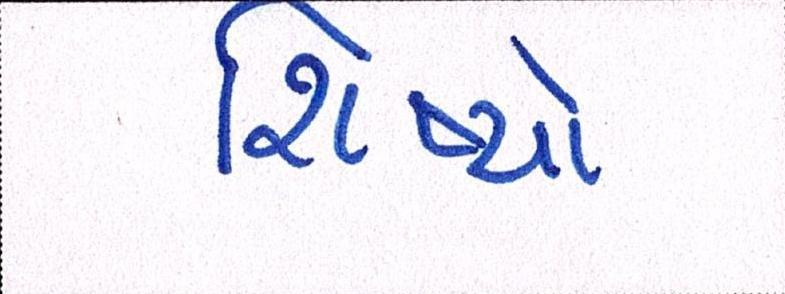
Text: શિષ્યો